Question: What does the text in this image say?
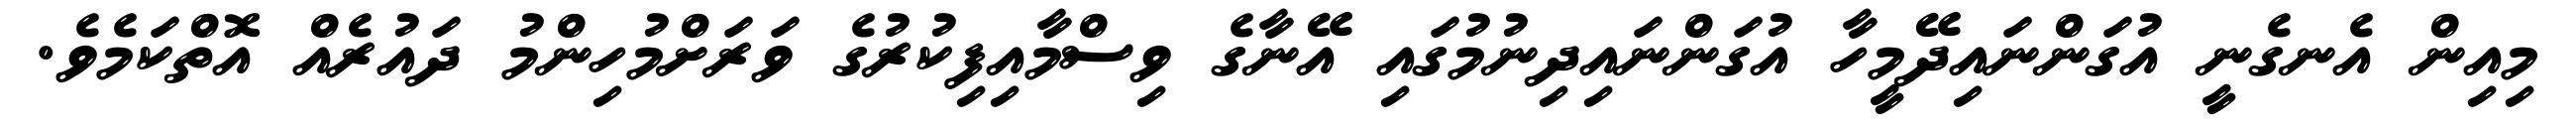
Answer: މިއިން އެނގެނީ އުގަންނައިދޭމީހާ އުގަންނައިދިނުމުގައި އޭނާގެ ވިސްމާއިފިކުރުގެ ވަރަށްމުހިންމު ދައުރެއް އޮތްކަމެވެ.